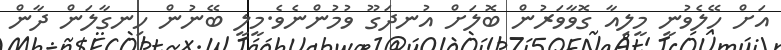
އަށް ހޭލެވުނީ މީލިއާ ގޮވާވަރުން ބޮލަށް އުނދަގޫ ވުމުންނެވެ.މީލީ ބޭނުން ހިނގާލަން ދާން